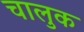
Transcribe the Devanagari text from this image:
चालुक